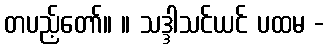
တပည့်တော်။ ။ သဒ္ဒါသင်ယင် ပထမ -